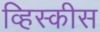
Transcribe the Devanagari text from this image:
व्हिस्कीस